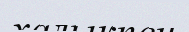
халыкпен